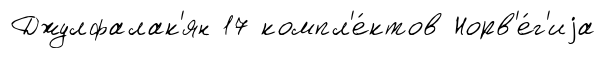
Джулфалак'ян 17 компл'е́ктов Норв'е́г'иjа